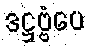
ဒဋ္ဌဗ္ဗံပေ